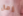
رمال